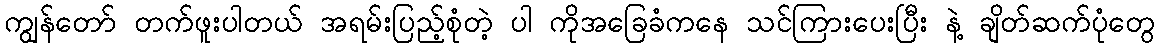
ကျွန်တော် တက်ဖူးပါတယ် အရမ်းပြည့်စုံတဲ့ ပါ ကိုအခြေခံကနေ သင်ကြားပေးပြီး နဲ့ ချိတ်ဆက်ပုံတွေ